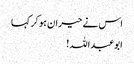
اس نے حیران ہو کر کہا
ابوعبداللہ!